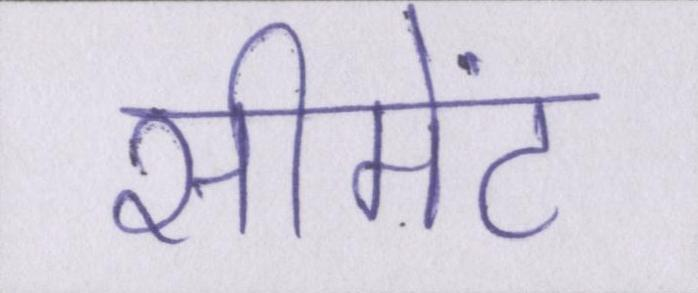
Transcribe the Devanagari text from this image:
सीमेंट